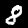
Label: 8